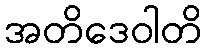
အတိဒေဝါတိ